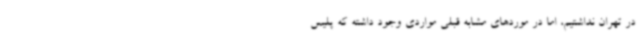
در تهران نداشتیم، اما در موردهای مشابه قبلی مواردی وجود داشته که پلیس